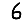
Digit: 6